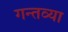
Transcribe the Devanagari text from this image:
गन्तव्या